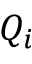
Q _ { i }